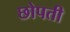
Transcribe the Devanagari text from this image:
छोपती